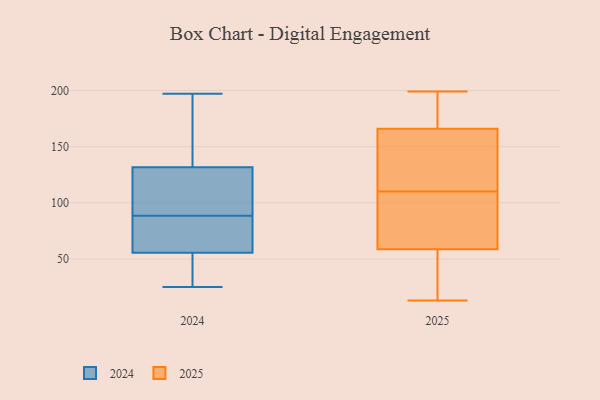
{"axis": {"x": "Inventory Turnover", "y": "Value"}, "legend": ["2024", "2025"], "data": [{"x": "", "y": 58, "type": "2024"}, {"x": "", "y": 49, "type": "2024"}, {"x": "", "y": 69, "type": "2024"}, {"x": "", "y": 84, "type": "2024"}, {"x": "", "y": 175, "type": "2024"}, {"x": "", "y": 92, "type": "2024"}, {"x": "", "y": 170, "type": "2024"}, {"x": "", "y": 85, "type": "2024"}, {"x": "", "y": 67, "type": "2024"}, {"x": "", "y": 30, "type": "2024"}, {"x": "", "y": 146, "type": "2024"}, {"x": "", "y": 155, "type": "2024"}, {"x": "", "y": 53, "type": "2024"}, {"x": "", "y": 25, "type": "2024"}, {"x": "", "y": 117, "type": "2024"}, {"x": "", "y": 113, "type": "2024"}, {"x": "", "y": 107, "type": "2024"}, {"x": "", "y": 197, "type": "2024"}, {"x": "", "y": 113, "type": "2024"}, {"x": "", "y": 30, "type": "2024"}, {"x": "", "y": 78, "type": "2025"}, {"x": "", "y": 71, "type": "2025"}, {"x": "", "y": 31, "type": "2025"}, {"x": "", "y": 84, "type": "2025"}, {"x": "", "y": 177, "type": "2025"}, {"x": "", "y": 46, "type": "2025"}, {"x": "", "y": 14, "type": "2025"}, {"x": "", "y": 102, "type": "2025"}, {"x": "", "y": 157, "type": "2025"}, {"x": "", "y": 132, "type": "2025"}, {"x": "", "y": 199, "type": "2025"}, {"x": "", "y": 184, "type": "2025"}, {"x": "", "y": 118, "type": "2025"}, {"x": "", "y": 175, "type": "2025"}, {"x": "", "y": 13, "type": "2025"}, {"x": "", "y": 153, "type": "2025"}]}